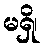
မရှိ၊